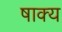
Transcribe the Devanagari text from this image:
षाक्य